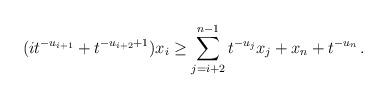
LaTeX: \begin{align*}(i t^{-u_{i+1}} + t^{-u_{i+2} + 1}) x_i \geq \sum_{j = i+2}^{n-1} t^{-u_j} x_j + x_n + t^{-u_n} \, .\end{align*}